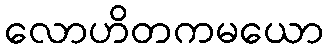
လောဟိတကမယော